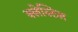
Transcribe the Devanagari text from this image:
क्लेस्टिल